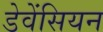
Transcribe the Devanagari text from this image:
डेवेंसियन